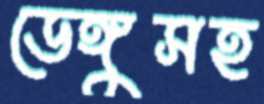
ডেঙ্গুসহ